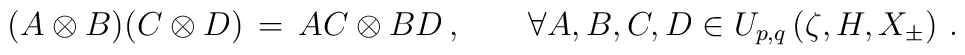
(A \otimes B)(C \otimes D)\,=\,AC \otimes BD\,,  \qquad\forall A,B,C,D \in U_{p,q}\left( \zeta , H,X_\pm \right)\,.